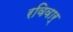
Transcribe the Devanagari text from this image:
रविवार्